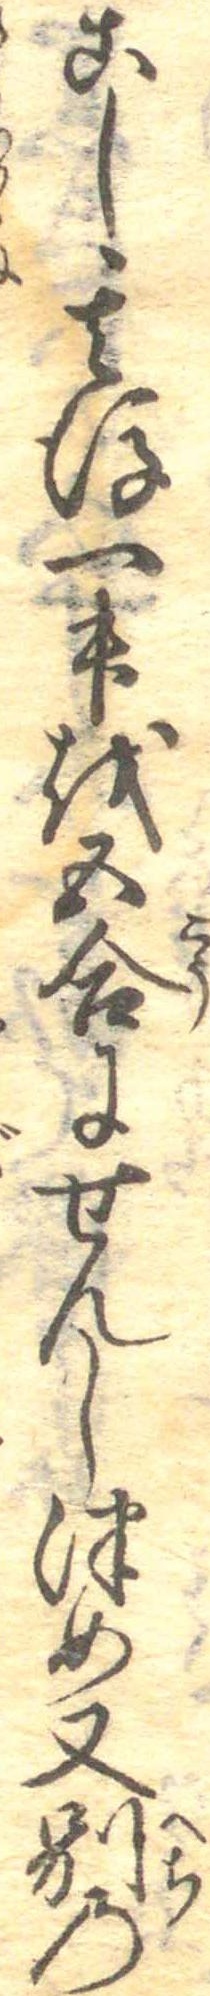
こし其後一升を五合にせんしつめ又別の